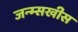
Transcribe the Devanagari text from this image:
जन्म्सखीस